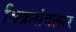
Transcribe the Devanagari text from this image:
विक्रसंवत्सर